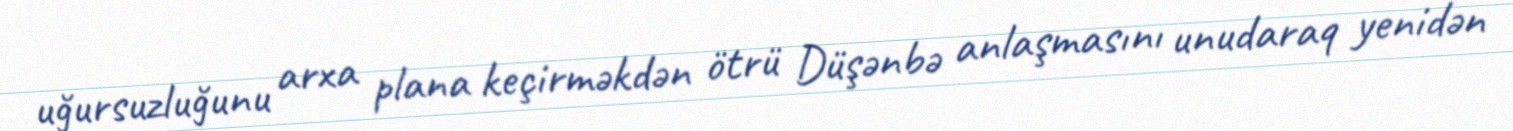
uğursuzluğunu arxa plana keçirməkdən ötrü Düşənbə anlaşmasını unudaraq yenidən